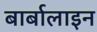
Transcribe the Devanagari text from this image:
बार्बालाइन